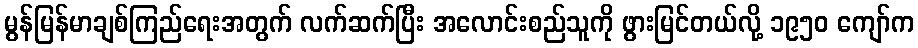
မွန်မြန်မာချစ်ကြည်ရေးအတွက် လက်ဆက်ပြီး အလောင်းစည်သူကို ဖွားမြင်တယ်လို့ ၁၉၅၀ ကျော်က